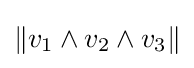
\|v_{1}\wedge v_{2}\wedge v_{3}\|